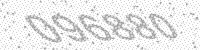
Solution: 096880